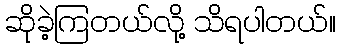
ဆိုခဲ့ကြတယ်လို့ သိရပါတယ်။